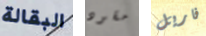
البقالة مقود فاريل